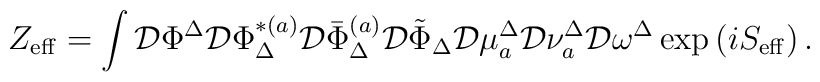
Z_{\mathrm{eff}}=\int \mathcal{D}\Phi ^{\Delta }\mathcal{D}\Phi _{\Delta}^{*(a)}\mathcal{D}\bar{\Phi}_{\Delta }^{(a)}\mathcal{D}\tilde{\Phi}_{\Delta}\mathcal{D}\mu _{a}^{\Delta }\mathcal{D}\nu _{a}^{\Delta }\mathcal{D}\omega^{\Delta }\exp \left( iS_{\mathrm{eff}}\right) .